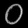
Digit: ၀